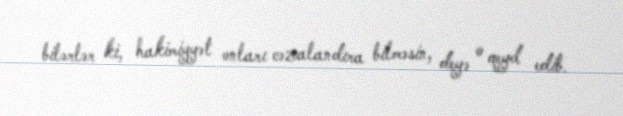
bilərlər ki, hakimiyyət onları cəzalandıra bilməsin, deyə o qeyd edib.